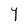
Character: Y